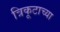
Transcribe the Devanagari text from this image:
त्रिकूटाच्या